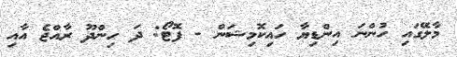
މާލޭގައި ހުންނަ އިންޑިޔާ ހައިކޮމިޝަން - ފޮޓޯ: ދަ ހިންދޫ ރާއްޖެ އާއި